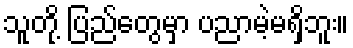
သူတို့ ပြည်တွေမှာ ပညာမဲ့မရှိဘူး။